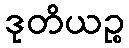
ဒုတိယဉ္စ